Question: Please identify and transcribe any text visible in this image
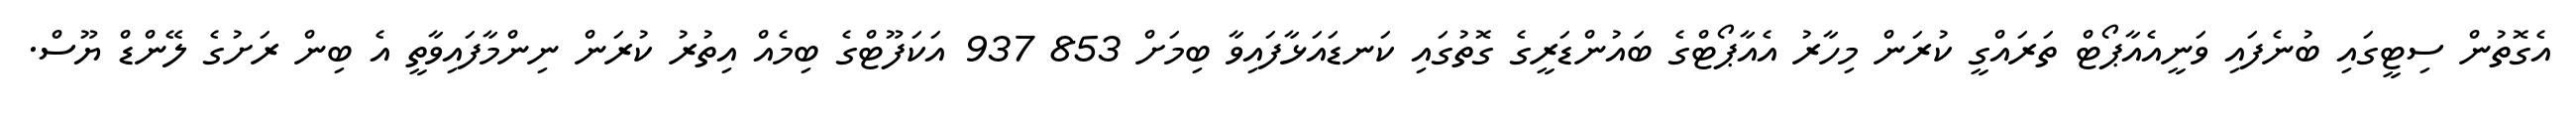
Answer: އެގޮތުން ސިޓީގައި ބުނެފައި ވަނީއެއާޕޯޓް ތަރައްގީ ކުރަން މިހާރު އެއާޕޯޓްގެ ބައުންޑަރީގެ ގޮތުގައި ކަނޑައަޅާފައިވާ ބިމަށް 853 937 އަކަފޫޓްގެ ބިމެއް އިތުރު ކުރަން ނިންމާފައިވާތީ އެ ބިން ރަށުގެ ލޭންޑް ޔޫސް.